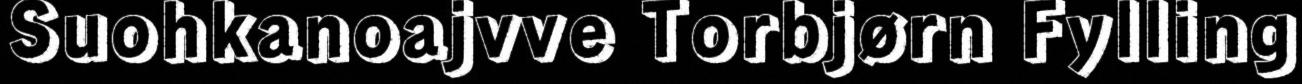
Suohkanoajvve Torbjørn Fylling